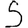
Digit: 5